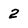
Character: 2